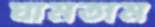
ঘামতাম